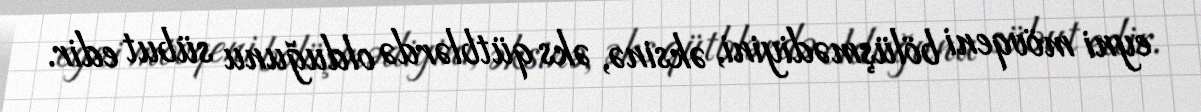
eyni mövqeni bölüşmədiyini, əksinə, əks qütblərdə olduğunu sübut edir.